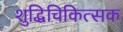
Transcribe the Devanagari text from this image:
शुद्धिचिकित्सक